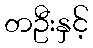
တဦးနှင့်